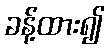
ခန့်ထား၍